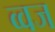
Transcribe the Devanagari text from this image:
व्वज